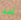
آسف